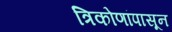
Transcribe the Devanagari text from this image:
त्रिकोणांपासून